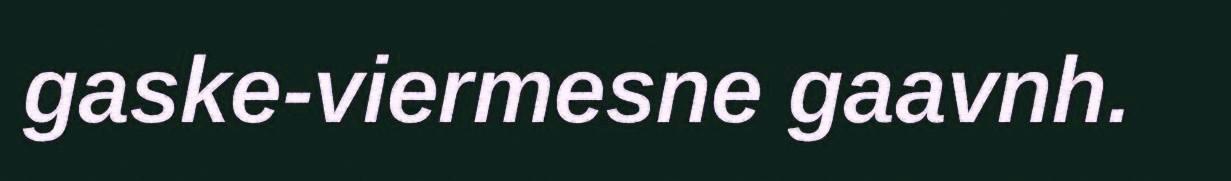
gaske-viermesne gaavnh.